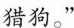
猎狗。”